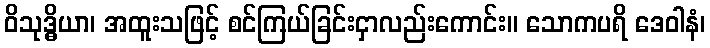
ဝိသုဒ္ဓိယာ၊ အထူးသဖြင့် စင်ကြယ်ခြင်းငှာလည်းကောင်း။ သောကပရိ ဒေဝါနံ၊